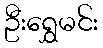
ဦးရွှေမင်း